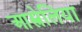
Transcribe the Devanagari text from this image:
आस्त्रेलिया